Report of the King Institute of Preventive Medicine, Guindy
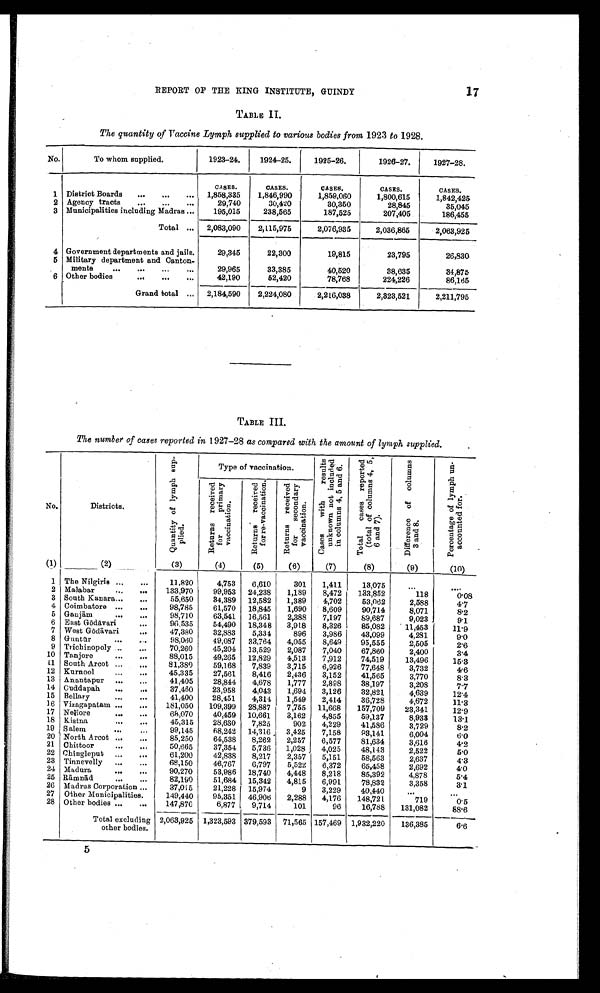
17
REPORT OF THE KING INSTITUTE, GUINDY
TABLE II.
The quantity of Vaccine Lymph supplied to various bodies from 1923 to 1928.
No.
To whom supplied.
1923-24.
1924-25.
1925-26.
1926-27.
1927-28.
CASES.
CASES.
CASES.
CASES.
CASES.
1
District Boards . . .
1,858,335
1,846,990
1,859,060
1,800,615
1,842,425
2
Agency tracts . . .
29,740
30,420
30,350
28,845
35,045
3 Municipalities including Madras . . .
195,015
238,565
187,525
207,405
186,455
Total . . .
2,083,090
2,115,975
2,076,935
2,036,865
2,063,925
4
Government departments and jails.
29,345
22,300
19,815
23,795
26,830
5
Military department and Canton-
ments . . .
29,965
33,385
40,520
38,635
34,875
6
O t h e r b o d i e s . . .
42,190
52,420
78,768
224,226
86,165
Grand total . . .
2,184,590
2,224,080
2,216,038
2,323,521
2,211,795
TABLE III.
The number of cases reported in 1927-28 as compared with the amount of lymph supplied.
No.
Districts.
Q u a n t i t y o f l y m p h s u p - p l i e d .
Type of vaccination.
C a s e s w i t h r e s u l t s u n k n o w n n o t i n c l u d e d i n c o l u m n s 4 , 5 , a n d 6 .
T o t a l c a s e s r e p o r t e d ( t o t a l o f c o l u m n s 4 , 5 , 6 a n d 7 ) .
D i f f e r e n c e o f c o l u m n s 3 a n d 8 .
P e r c e n t a g e o f l y m p h u n - a c c o u n t e d f o r .
Re t u r n s r e c e i v e d f o r p r i ma r y v a c c i n a t i o n .
Re t u r n s r e c e i ve d f or r e - va c c i na t i on.
Re t u r n s r e c e i v e d f o r s e c o n d a r y v a c c i n a t i o n .
( 1)
(2)
(3)
(4)
(5)
(6)
(7)
(8)
(9)
(10)
1
The Nilgiris . . .
11,820
4,753
6,610
301
1,411
13,075
. . .
. . .
2
Malabar . . .
133,970
99,953
24,238
1,189
8,472
133,852
118
0.08
3
South Kanara . . .
55,650
34,389
12,582
1,389
4,702
53,062
2,588
4.7
4
Coimbatore . . .
98,785
61,570
18,845
1,690
8,609
90,714
8,071
8.2
5
Ganjā m . . .
98,710
63,541
16,561
2,388
7,197
89,687
9,023
9.1
6
East G ō dā vari . . .
96,535
54,490
18,348
3,918
8,326
85,082
11,453
11.9
7
West Gō dā vari . . .
47,380
32,883
5,334
896
3,986
43,099
4,281
9.0
8
Guntū r . . .
98,060
49,087
33,764
4,055
8,649
95,555
2,505
2.6
9
Trichinopoly . . .
70,260
45,204
13,529
2,087
7,040
67,860
2,400
3.4
10
Tanjore . . .
88,015
49,265
12,829
4,513
7,912
74,519
13,496
15.3
11
South Arcot . . .
81,380
59,168
7,839
3,715
6,926
77,648
3,732
4.6
12
Kurnool . . .
45,335
27,561
8,416
2,436
3,152
41,565
3,770
8.3
13
Anantapur . . .
41,405
28,844
4,678
1,777
2,898
38,197
3,208
7.7
14
Cuddapah . . .
37,460
23,958
4,043
1,694
3,126
32,821
4,639
12.4
15
Bellary . . .
41,400
28,451
4,314
1,549
2,414
36,728
4,672
11.3
16 Vizagapatam . . .
181,050
109,399
28,887
7,755
11,668
157,709
23,341
12.9
17
Nellore . . .
68,070
40,459
10,661
3,162
4,855
59,137
8,933
13.1
18
Kistna . . .
45,315
28,630
7,825
902
4,229
41,586
3,729
8.2
19
Salem . . .
99,145
68,242
14,316
3,425
7,158
93,141
6,004
6.0
20 North Arcot . . .
85,250
64,538
8,262
2,257
6,577
81,634
3,616
4.2
21
Chittoor . . .
50,665
37,354
5,736
1,028
4,025
48,143
2,522
5.0
22 Chingleput . . .
61,200
42,838
8,217
2,357
5,151
58,563
2,637
4.3
23
Tinnevelly . . .
68,150
46,767
6,797
5,522
6,372
65,458
2,692
4.0
24
Madura . . .
90,270
53,986
18,740
4,448
8,218
85,392
4,878
5.4
25 Rā mnā d . . .
82,190
51,684 15,342
4,815
6,991
78,832
3,358
3.1
26
Madras Corporation . . .
37,015
21,228
15,974
9
3,229
40,440
. . .
. . .
27
Other Municipalities.
149,440
95,351
46,906
2,288
4,176
148,721
719
0.5
28
Other bodies . . .
147,870
6,877
9,714
101
96
16,788
131,082
88.6
Total excluding
other bodies.
2,063,925
1,323,593 379,593
71,565 157,469
1,932,220
136,385
6.6
5